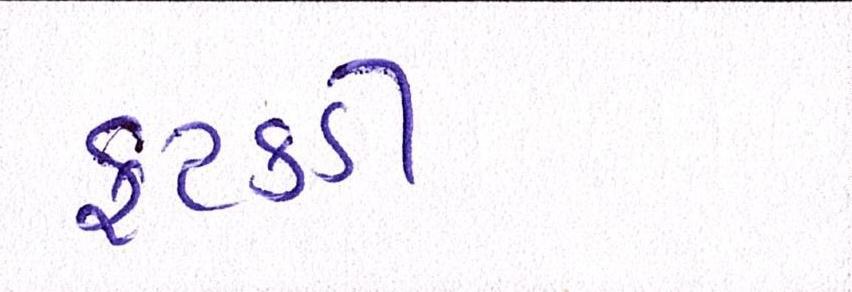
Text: ફટકડી